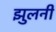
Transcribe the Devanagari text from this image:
झुलनी